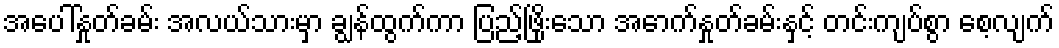
အပေါ်နှုတ်ခမ်း အလယ်သားမှာ ချွန်ထွက်ကာ ပြည့်ဖြိုးသော အောက်နှုတ်ခမ်းနှင့် တင်းကျပ်စွာ စေ့လျက်